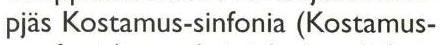
pjäs Kostamus-sinfonia (Kostamus-